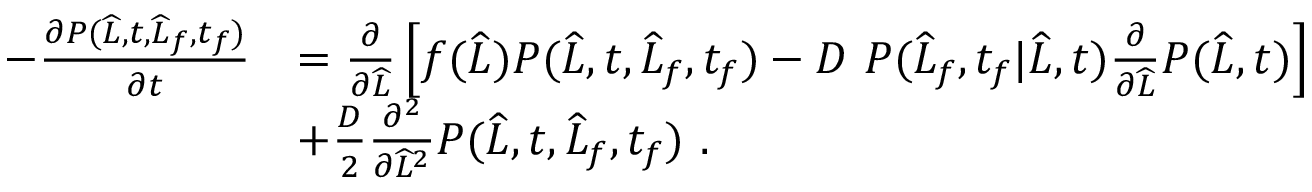
\begin{array} { r l } { - \frac { \partial P ( \widehat { L } , t , \widehat { L } _ { f } , t _ { f } ) } { \partial t } } & { = \frac { \partial } { \partial \widehat { L } } \left[ f ( \widehat { L } ) P ( \widehat { L } , t , \widehat { L } _ { f } , t _ { f } ) - D \ P ( \widehat { L } _ { f } , t _ { f } | \widehat { L } , t ) \frac { \partial } { \partial \widehat { L } } P ( \widehat { L } , t ) \right] } \\ & { + \frac { D } { 2 } \frac { \partial ^ { 2 } } { \partial \widehat { L } ^ { 2 } } P ( \widehat { L } , t , \widehat { L } _ { f } , t _ { f } ) \ . } \end{array}